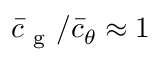
\bar { c } _ { \mathrm { ~ g ~ } } / \bar { c } _ { \theta } \approx 1